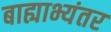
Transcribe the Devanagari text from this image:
बाह्याभ्यंतर